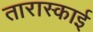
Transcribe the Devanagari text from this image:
तारास्काई